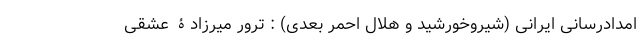
امدادرسانی ایرانی (شیروخورشید و هلال احمر بعدی) : ترور میرزادۀ عشقی